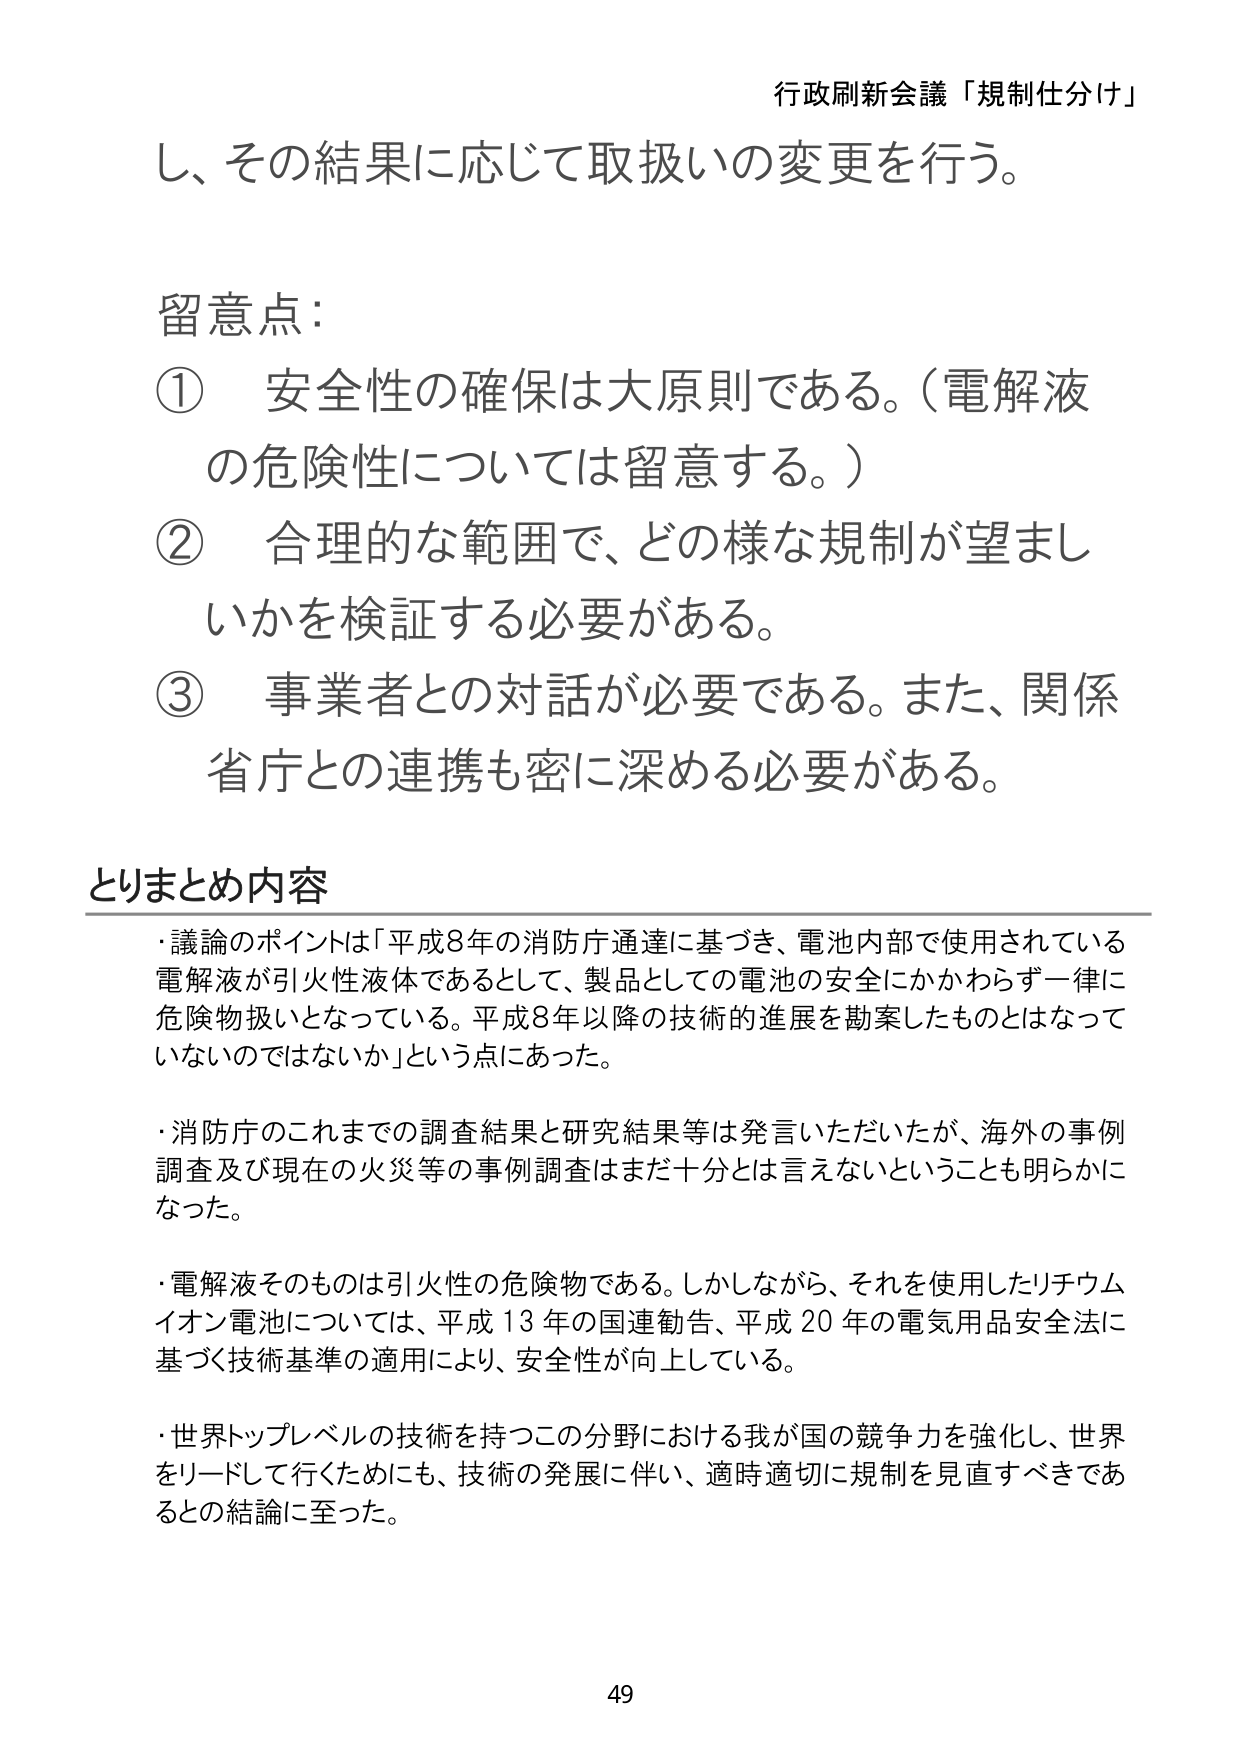
行政刷新会議「規制仕分け」

し、その結果に応じて取扱いの変更を行う。

留意点：
① 安全性の確保は大原則である。（電解液の危険性については留意する。）
② 合理的な範囲で、どの様な規制が望ましいかを検証する必要がある。
③ 事業者との対話が必要である。また、関係省庁との連携も密に深める必要がある。

とりまとめ内容
・議論のポイントは「平成8年の消防庁通達に基づき、電池内部で使用されている電解液が引火性液体であるとして、製品としての電池の安全にかかわらず一律に危険物扱いとなっている。平成8年以降の技術的進展を勘案したものとはなっていないのではないか」という点にあった。
・消防庁のこれまでの調査結果と研究結果等は発言いただいたが、海外の事例調査及び現在の火災等の事例調査はまだ十分とは言えないということも明らかになった。
・電解液そのものは引火性の危険物である。しかしながら、それを使用したリチウムイオン電池については、平成13年の国連勧告、平成20年の電気用品安全法に基づく技術基準の適用により、安全性が向上している。
・世界トップレベルの技術を持つこの分野における我が国の競争力を強化し、世界をリードして行くためにも、技術の発展に伴い、適時適切に規制を見直すべきであるとの結論に至った。

49